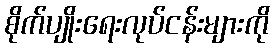
စိုက်ပျိုးရေးလုပ်ငန်းများကို